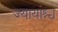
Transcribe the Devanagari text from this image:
ज्यायांश्च